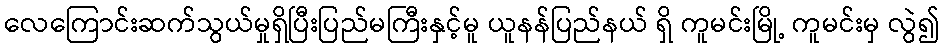
လေကြောင်းဆက်သွယ်မှုရှိပြီးပြည်မကြီးနှင့်မူ ယူနန်ပြည်နယ် ရှိ ကူမင်းမြို့ ကူမင်းမှ လွဲ၍